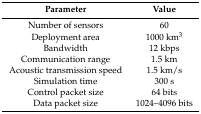
<table><thead><tr><td><b>Parameter</b></td><td><b>Value</b></td></tr></thead><tbody><tr><td>Number of sensors</td><td>60</td></tr><tr><td>Deployment area</td><td>1000 km<sup>3</sup></td></tr><tr><td>Bandwidth</td><td>12 kbps</td></tr><tr><td>Communication range</td><td>1.5 km</td></tr><tr><td>Acoustic transmission speed</td><td>1.5 km/s</td></tr><tr><td>Simulation time</td><td>300 s</td></tr><tr><td>Control packet size</td><td>64 bits</td></tr><tr><td>Data packet size</td><td>1024–4096 bits</td></tr></tbody></table>